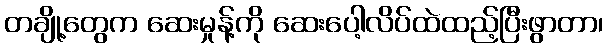
တချို့တွေက ဆေးမှုန့်ကို ဆေးပေါ့လိပ်ထဲထည့်ပြီးဖွာတာ၊